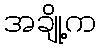
အချို့က